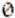
0